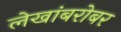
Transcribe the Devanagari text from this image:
लेखांबरोबर